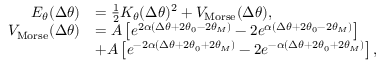
\begin{array} { r l } { E _ { \theta } ( \Delta \theta ) } & { = \frac { 1 } { 2 } K _ { \theta } ( \Delta \theta ) ^ { 2 } + V _ { \mathrm { M o r s e } } ( \Delta \theta ) , } \\ { V _ { \mathrm { M o r s e } } ( \Delta \theta ) } & { = A \left[ e ^ { 2 \alpha ( \Delta \theta + 2 \theta _ { 0 } - 2 \theta _ { M } ) } - 2 e ^ { \alpha ( \Delta \theta + 2 \theta _ { 0 } - 2 \theta _ { M } ) } \right] } \\ & { + A \left[ e ^ { - 2 \alpha ( \Delta \theta + 2 \theta _ { 0 } + 2 \theta _ { M } ) } - 2 e ^ { - \alpha ( \Delta \theta + 2 \theta _ { 0 } + 2 \theta _ { M } ) } \right] , } \end{array}